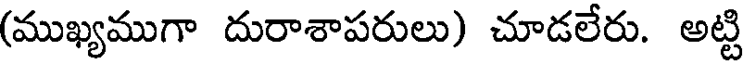
(ముఖ్యముగా దురాశాపరులు) చూడలేరు. అట్టి